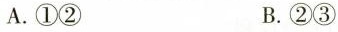
A. ①② B. ②③